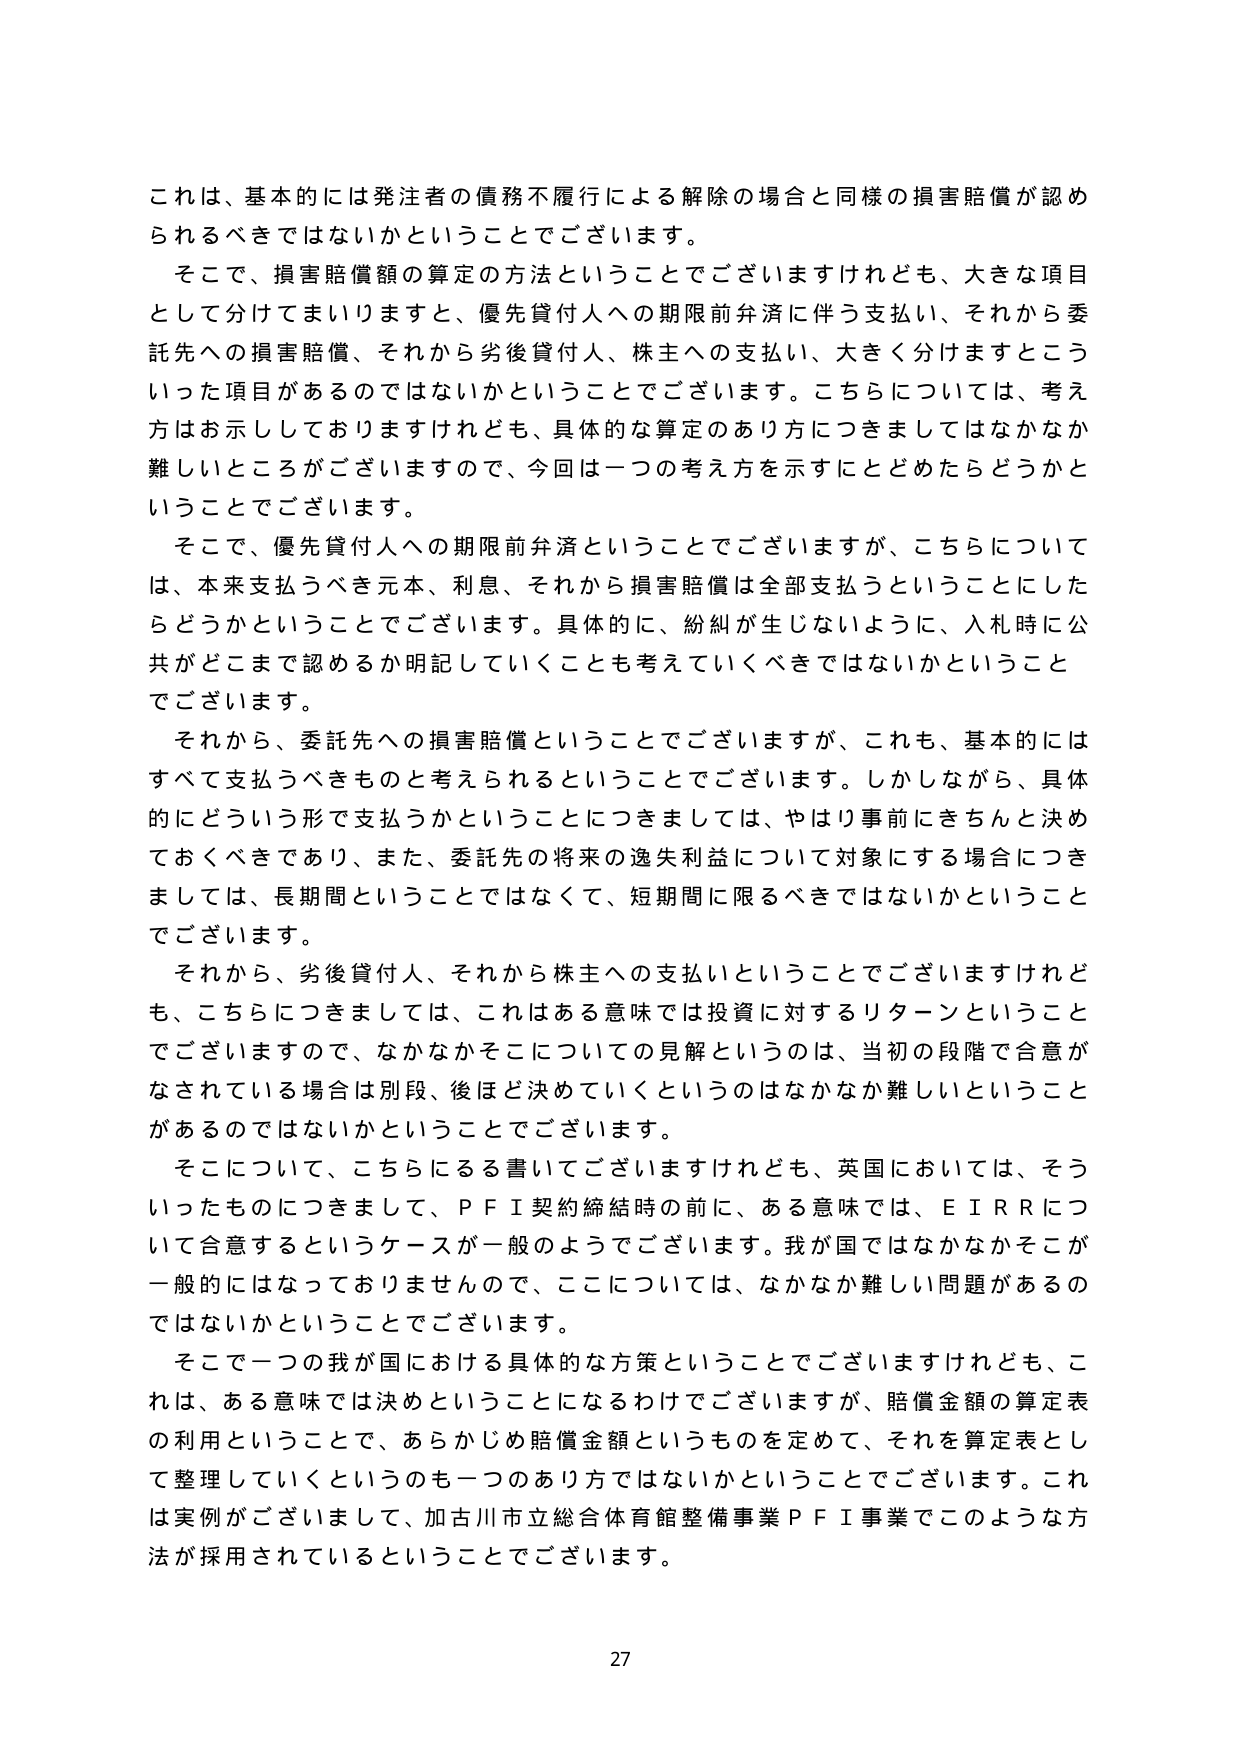
これは、基本的には発注者の債務不履行による解除の場合と同様の損害賠償が認められるべきではないかということでございます。

そこで、損害賠償額の算定の方法ということでございますけれども、大きな項目として分けてまいりますと、優先貸付人への期限前弁済に伴う支払い、それから委託先への損害賠償、それから劣後貸付人、株主への支払い、大きく分けますとこういった項目があるのではないかということでございます。こちらについては、考え方はお示ししておりますけれども、具体的な算定のあり方につきましてはなかなか難しいところがございますので、今回は一つの考え方を示すにとどめたらどうかということでございます。

そこで、優先貸付人への期限前弁済ということでございますが、こちらについては、本来支払うべき元本、利息、それから損害賠償は全部支払うということにしたらどうかということでございます。具体的に、紛糾が生じないように、入札時に公共がどこまで認めるか明記していくことも考えていくべきではないかということでございます。

それから、委託先への損害賠償ということでございますが、これも、基本的にはすべて支払うべきものと考えられるということでございます。しかしながら、具体的にどういう形で支払うかということにつきましては、やはり事前にきちんと決めておくべきであり、また、委託先の将来の逸失利益について対象にする場合につきましては、長期間ということではなくて、短期間に限るべきではないかということでございます。

それから、劣後貸付人、それから株主への支払いということでございますけれども、こちらにつきましては、これはある意味では投資に対するリターンということでございますので、なかなかそこについての見解というのは、当初の段階で合意がなされている場合は別段、後ほど決めていくというのはなかなか難しいということがあるのではないかということでございます。

そこについて、こちらになる書いてございますけれども、英国においては、そういったものにつきまして、ＰＦＩ契約締結時の前に、ある意味では、ＥＩＲＲについて合意するというケースが一般のようでございます。我が国ではなかなかそこが一般的にはなっておりませんので、ここについては、なかなか難しい問題があるのではないかということでございます。

そこで一つの我が国における具体的な方策ということでございますけれども、これは、ある意味では決めということになるわけでございますが、賠償金額の算定表の利用ということで、あらかじめ賠償金額というものを定めて、それを算定表として整理していくというのも一つのあり方ではないかということでございます。これは実例がございまして、加古川市立総合体育館整備事業ＰＦＩ事業でこのような方法が採用されているということでございます。

27